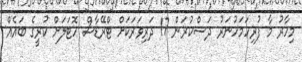
މިހާރު މާ ފުރިހަމަހުނަރު ދަސްކުރަން 17 ދަރިވަރަކަށް ޓްރޭޑާސް ހޮޓަލަށް ކުރީގެ ބައެއް